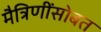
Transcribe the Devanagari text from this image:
मैत्रिणींसोबत